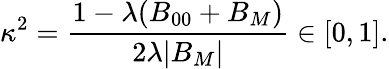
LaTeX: \kappa^{2}=\frac{1-\lambda(B_{00}+B_{M})}{2\lambda|B_{M}|}\in[0,1].